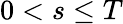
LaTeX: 0<s\leq T